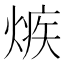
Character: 𤌿